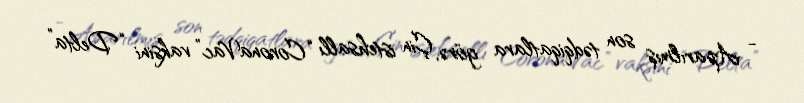
- Aparılmış son tədqiqatlara görə, Çin istehsallı “CoronaVac” vaksini “Delta”